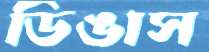
ডিঙাস